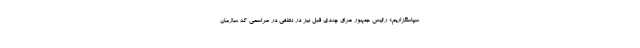
سپاسگزاریم.» رئیس جمهور عراق چندی قبل نیز در نطقی در مراسمی که سازمان